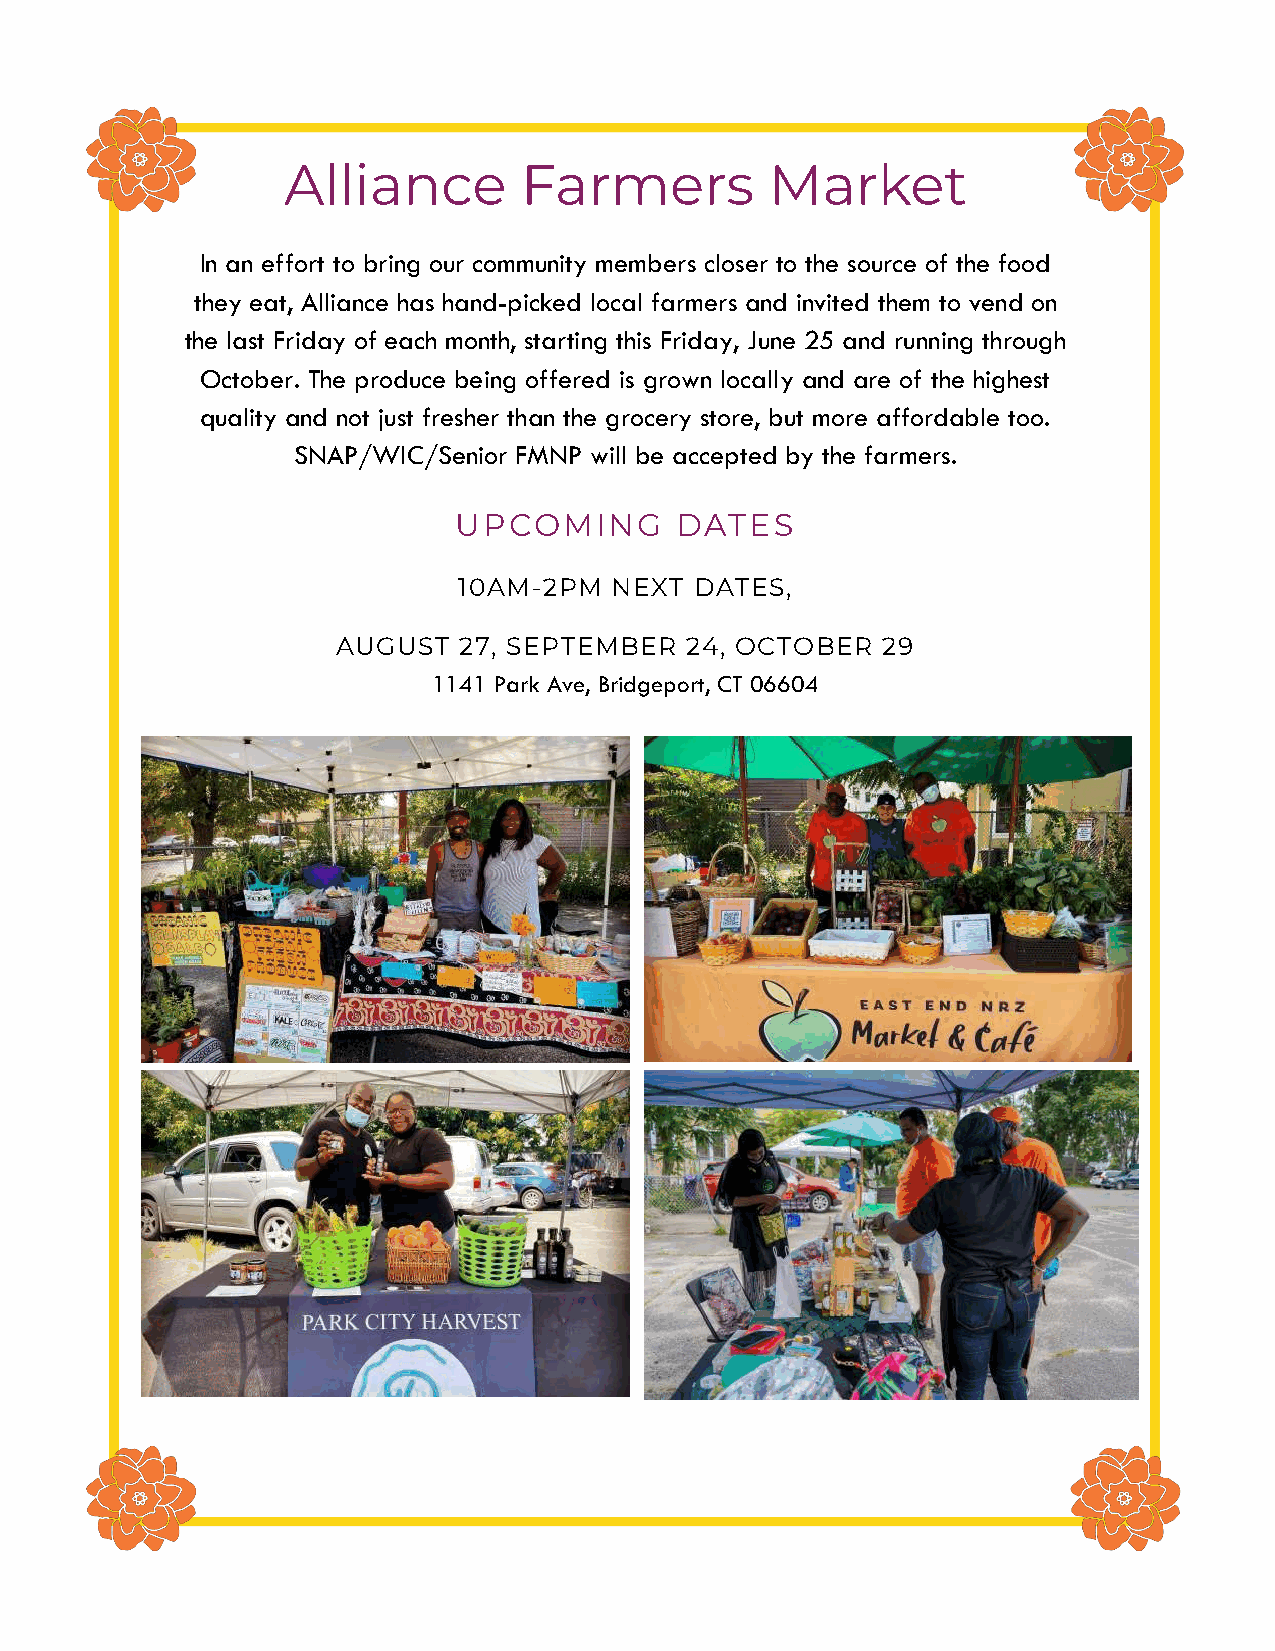
Alliance       Farmers          Market
 In an effort to bring our community members closer to the source of the food
 they eat, Alliance has hand-picked local farmers and invited them to vend on
 the last Friday of each month, starting this Friday, June 25 and running through
 October. The produce being offered is grown locally and are of the highest
 quality and not just fresher than the grocery store, but more affordable too.
 SNAP/WIC/Senior FMNP will be accepted by the farmers.
 UPCOMING       DATES
 -
 10AM  2PM NEXT  DATES,
 AUGUST  27, SEPTEMBER  24, OCTOBER  29
 1141 Park Ave, Bridgeport, CT 06604